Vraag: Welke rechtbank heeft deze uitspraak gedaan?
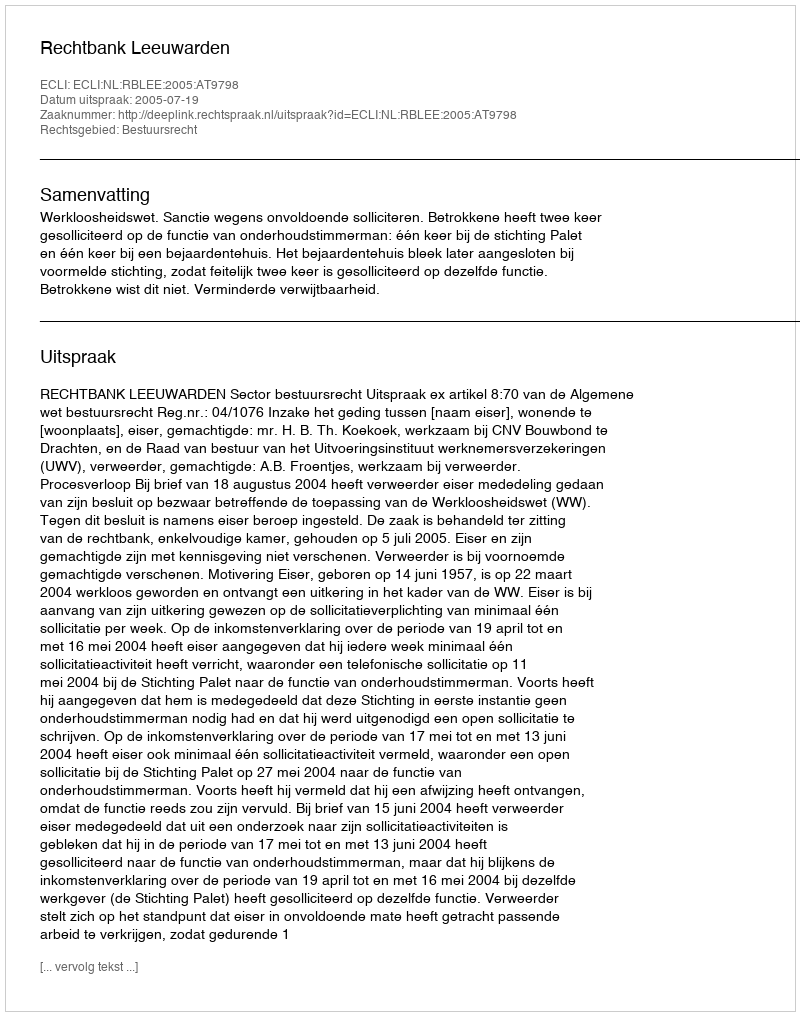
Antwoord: Rechtbank Leeuwarden